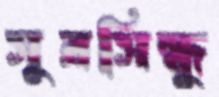
সুরসিন্ধু